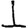
Digit: 1